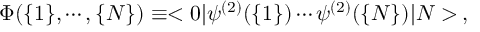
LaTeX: \Phi ( \{ 1 \} , \cdots , \{ N \} ) \equiv < 0 | \psi ^ { ( 2 ) } ( \{ 1 \} ) \cdots \psi ^ { ( 2 ) } ( \{ N \} ) | N > \, ,